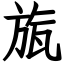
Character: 旊